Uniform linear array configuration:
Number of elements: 24
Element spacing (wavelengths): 1
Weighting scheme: cosine
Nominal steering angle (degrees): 60
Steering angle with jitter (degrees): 59.18
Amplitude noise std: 0.05
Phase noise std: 0.05

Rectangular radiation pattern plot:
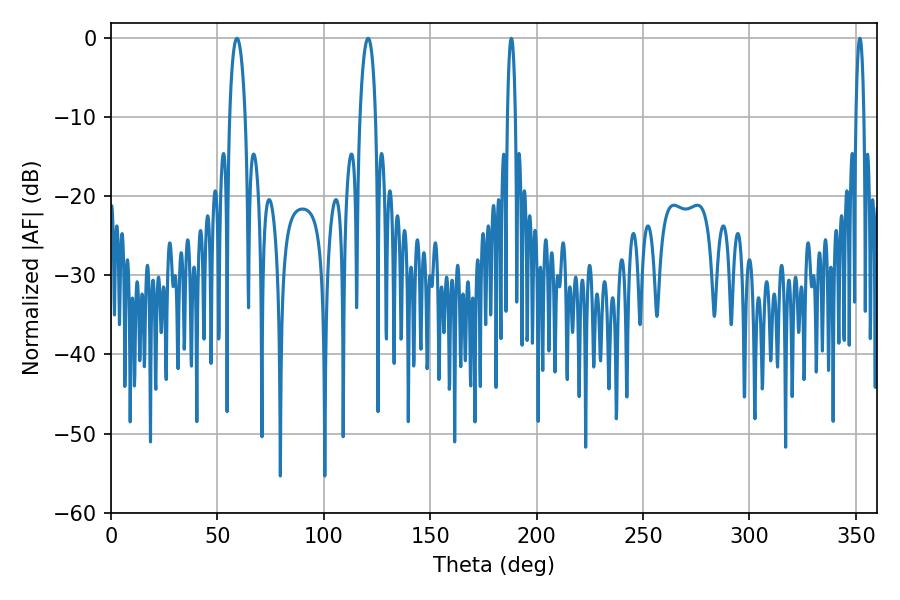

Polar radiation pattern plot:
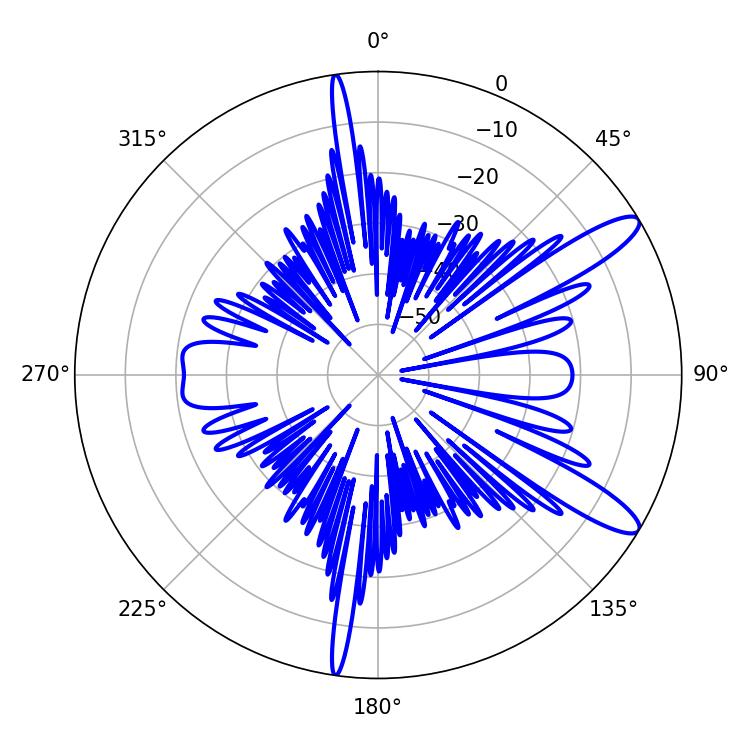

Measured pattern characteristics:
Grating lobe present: TRUE
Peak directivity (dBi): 12.004
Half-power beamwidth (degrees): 2.16
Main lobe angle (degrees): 188.1